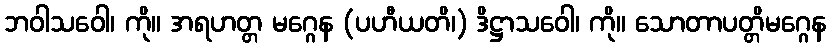
ဘဝါသဝေါ၊ ကို။ အရဟတ္တ မဂ္ဂေန (ပဟီယတိ၊) ဒိဋ္ဌာသဝေါ၊ ကို။ သောတာပတ္တိမဂ္ဂေန